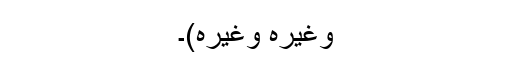
وغیرہ وغیرہ)۔